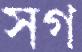
সগ